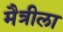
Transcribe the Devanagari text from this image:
मैत्रीला